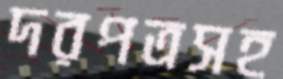
দরপত্রসহ